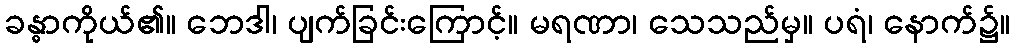
ခန္ဓာကိုယ်၏။ ဘေဒါ၊ ပျက်ခြင်းကြောင့်။ မရဏာ၊ သေသည်မှ။ ပရံ၊ နောက်၌။